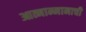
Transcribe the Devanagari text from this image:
आत्मान्मानाची